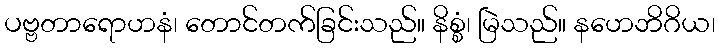
ပဗ္ဗတာရောဟနံ၊ တောင်တက်ခြင်းသည်။ နိစ္စံ၊ မြဲသည်။ နဟေဘိဂိယ၊